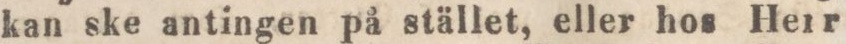
kan ske antingen på stället, eller hos Herr